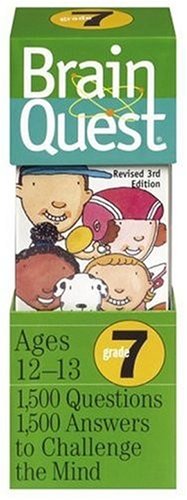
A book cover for Brain Quest Grade 7; Chris Welles Feder; Teen & Young Adult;